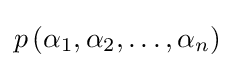
p\left(\alpha _{1},\alpha _{2},\ldots ,\alpha _{n}\right)